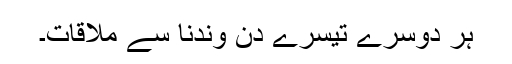
ہر دوسرے تیسرے دن وندنا سے ملاقات۔